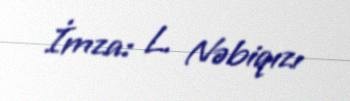
İmza: L. Nəbiqızı